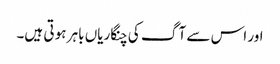
اور اس سے آ گ کی چنگاریاں باہر ہو تی ہیں۔